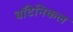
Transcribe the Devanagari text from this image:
बॉटेनिकल